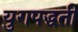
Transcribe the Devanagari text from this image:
युगपद्धती